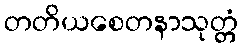
တတိယစေတနာသုတ္တံ